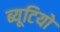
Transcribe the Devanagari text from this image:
ब्यूटियो